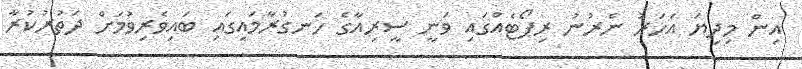
އިން މިދިޔަ އަހަރު ނެރުނު ރިޕޯޓެއްގައި ވަނީ ސީރިއާގެ ހަނގުރާމައިގައި ބައިވެރިވުމަށް ދަތުރުކުރާ